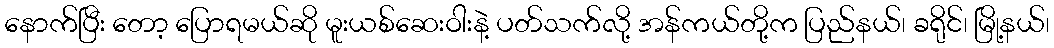
နောက်ပြီး တော့ ပြောရမယ်ဆို မူးယစ်ဆေးဝါးနဲ့ ပတ်သက်လို့ အန်ကယ်တို့က ပြည်နယ်၊ ခရိုင်၊ မြို့နယ်၊